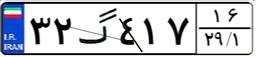
۳۲گ۴۱۷۱۶